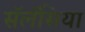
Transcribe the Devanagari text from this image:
सॅलॅसिया